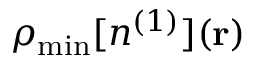
\rho _ { \mathrm { m i n } } [ n ^ { ( 1 ) } ] ( { \bf r } )